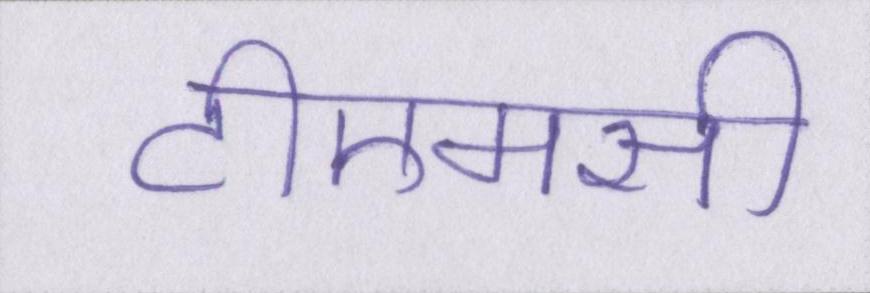
टीएमसी